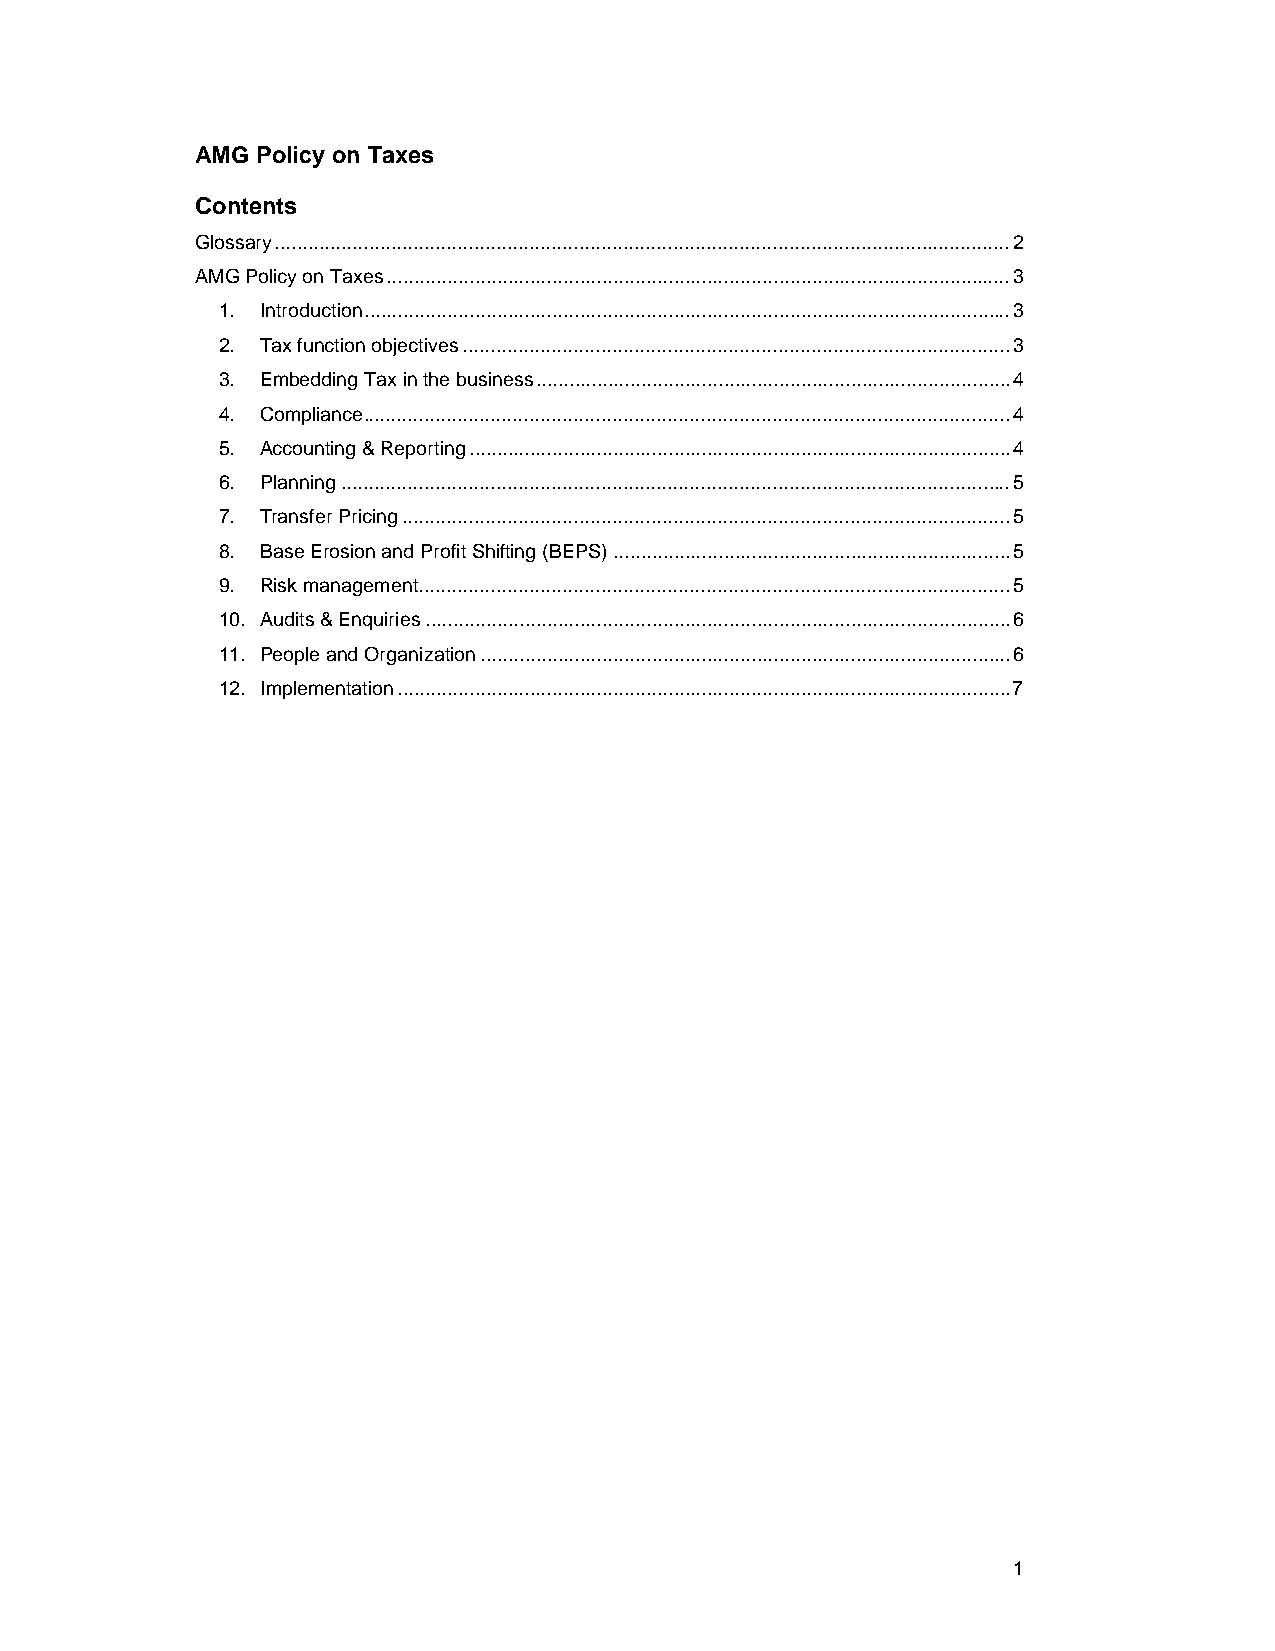
AMG Policy on Taxes
 Contents
 Glossary ..................................................................................................................................... 2
 AMG Policy on Taxes ................................................................................................................. 3
 1. Introduction ..................................................................................................................... 3
 2. Tax function objectives ................................................................................................... 3
 3. Embedding Tax in the business ...................................................................................... 4
 4. Compliance ..................................................................................................................... 4
 5. Accounting & Reporting .................................................................................................. 4
 6. Planning ......................................................................................................................... 5
 7. Transfer Pricing .............................................................................................................. 5
 8. Base Erosion and Profit Shifting (BEPS) ........................................................................ 5
 9. Risk management ........................................................................................................... 5
 10. Audits & Enquiries .......................................................................................................... 6
 11. People and Organization ................................................................................................ 6
 12. Implementation ............................................................................................................... 7
 1